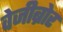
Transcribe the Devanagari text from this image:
वेजीब्रोर